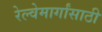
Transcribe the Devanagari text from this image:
रेल्वेमार्गांसाठी